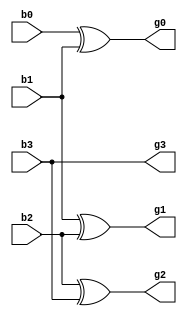
`timescale 1ns / 1ps
//////////////////////////////////////////////////////////////////////////////////
// Company: 
// Engineer: 
// 
// Design Name: 
// Module Name:    btg 
// Project Name: 
// Target Devices: 
// Tool versions: 
// Description: 
//
// Dependencies: 
//
// Revision: 
// Revision 0.01 - File Created
// Additional Comments: 
//
//////////////////////////////////////////////////////////////////////////////////
module btg(
    input b0,
    input b1,
    input b2,
    input b3,
    output g0,
    output g1,
    output g2,
    output g3
    );

	wire w1;
	xor(g0,b0,b1);
	xor(g1,b1,b2);
	xor(g2,b2,b3);
	not(w1,b3);
	not(g3,w1);

endmodule